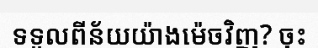
ទទួលពីន័យយ៉ាងម៉េចវិញ? ចុះ